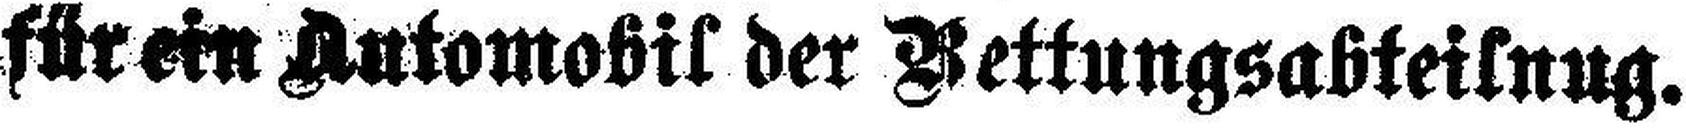
für ein Automobil der Bettungsabteilung.